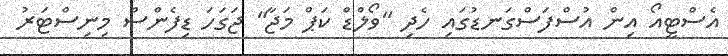
އެސްޓީއޯ އިން އުސްފަސްގަނޑުގައި ހެދި "ވޯލްޑް ކަޕް މަޖާ" ޖަގަހަ ޑިފެންސް މިނިސްޓަރު